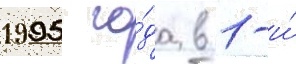
1995 го́да в 1-и́